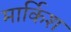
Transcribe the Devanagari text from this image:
मार्किश